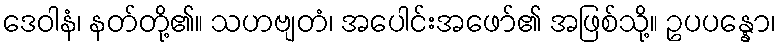
ဒေဝါနံ၊ နတ်တို့၏။ သဟဗျတံ၊ အပေါင်းအဖော်၏ အဖြစ်သို့။ ဥပပန္နော၊